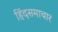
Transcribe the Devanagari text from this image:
हिंदसमाचार